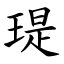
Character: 瑅